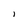
Character: l